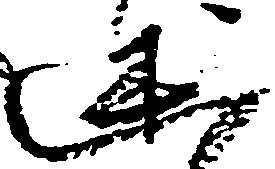
述